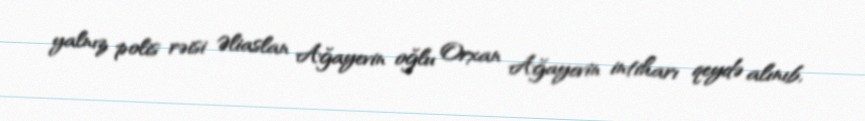
yalnız polis rəisi Əliaslan Ağayevin oğlu Orxan Ağayevin intiharı qeydə alınıb,